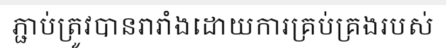
ភ្ជាប់ត្រូវបានរារាំងដោយការគ្រប់គ្រងរបស់